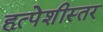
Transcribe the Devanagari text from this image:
हृत्पेशीस्तर